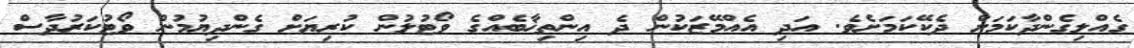
ގެއްލިގެންދާކަމަށް ދެކޭކަމަށެވެ. އަދި އެއްމޭޒަކުން ދެ އިންތިޚާބެއްގެ ވޯޓުލުން ކުރިޔަށް ގެންދިޔުމުން ވޯޓުކަރުދާސް